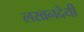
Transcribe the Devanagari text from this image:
लखनदेयी